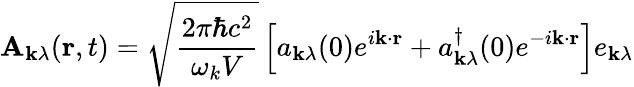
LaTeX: \mathbf{A}_{\mathbf{k}\lambda}(\mathbf{r},t)={\sqrt{\frac{2\pi\hbar c^{2}}{\omega_{k}V}}}\left[a_{\mathbf{k}\lambda}(0)e^{i\mathbf{k}\cdot\mathbf{r}}+a_{\mathbf{k}\lambda}^{\dagger}(0)e^{-i\mathbf{k}\cdot\mathbf{r}}\right]e_{\mathbf{k}\lambda}